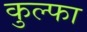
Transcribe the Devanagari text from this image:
कुल्‍फा